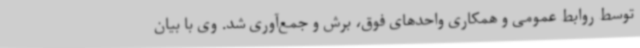
توسط روابط عمومی و همکاری واحدهای فوق، برش و جمع‌آوری شد. وی با بیان